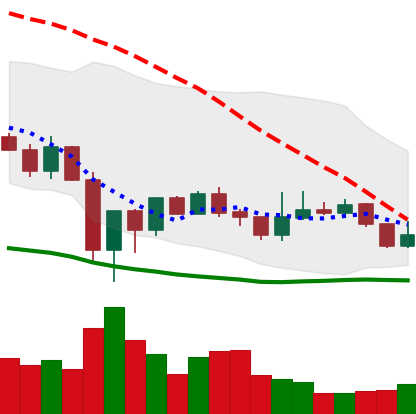
Ticker: LINK-USD
Chart end date: 2020-01-01
Forward return: 7.241%
Label: up_7plus